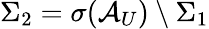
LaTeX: \Sigma_{2}=\sigma(\mathcal{A}_{U})\setminus\Sigma_{1}